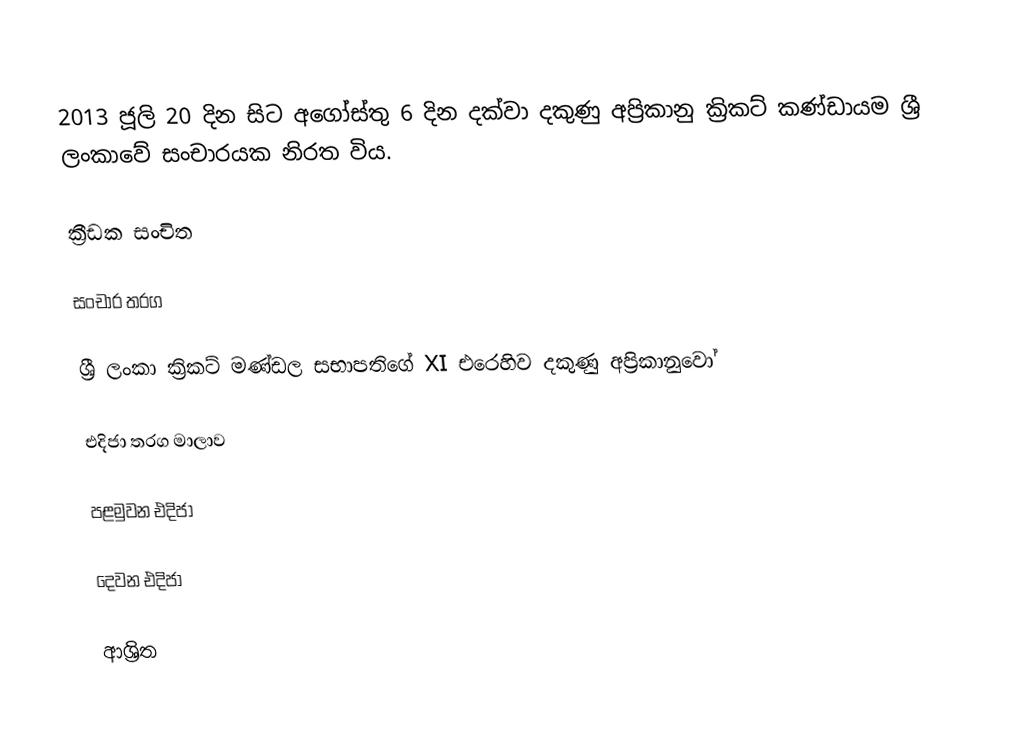
2013 ජූලි 20 දින සිට අගෝස්තු 6 දින දක්වා දකුණු අප්‍රිකානු ක්‍රිකට් කණ්ඩායම ශ්‍රී ලංකාවේ සංචාරයක නිරත විය.

ක්‍රීඩක සංචිත

සංචාර තරග

ශ්‍රී ලංකා ක්‍රිකට් මණ්ඩල සභාපතිගේ XI   එරෙහිව දකුණු අප්‍රිකානුවෝ

එදිජා තරග මාලාව

පළමුවන එදිජා

දෙවන එදිජා

ආශ්‍රිත